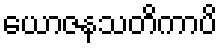
ယောဇနသတိကာပိ